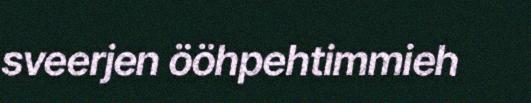
sveerjen ööhpehtimmieh